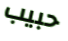
حبيب